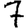
Digit: 7